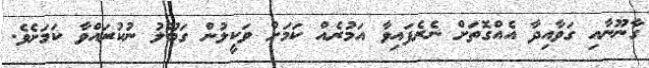
ގާނޫނާއި ގަވާއިދާ އެއްގޮތަށް ނެރެފައިވާ އަމުރެއް ކަމަށް ވަކީލުން ގަބޫލު ނުކުރައްވާ ކަމަށެވެ.